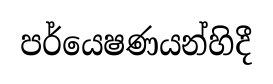
පර්යෙෂණයන්හිදී